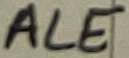
Text: ALE